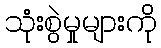
သုံးစွဲမှုများကို